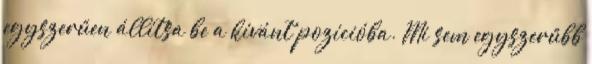
egyszerűen állítsa be a kívánt pozícióba. Mi sem egyszerűbb